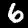
Digit: 6